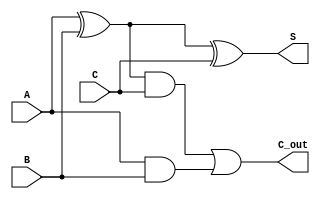
module full_adder(A,B,C,S,C_out);
input A,B,C;
output S,C_out;
wire t1,t2,t3;
xor(t1,A,B);
xor(S,t1,C);
and(t2,t1,C);
and(t3,A,B);
or (C_out,t2,t3);
endmodule